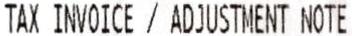
TAX INVOICE / ADJUSTMENT NOTE